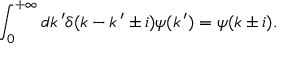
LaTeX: \int _ { 0 } ^ { + \infty } d k \, ^ { \prime } \delta ( k - k \, ^ { \prime } \pm i ) \psi ( k \, ^ { \prime } ) = \psi ( k \pm i ) .